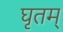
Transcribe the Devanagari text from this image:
घृतम्